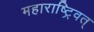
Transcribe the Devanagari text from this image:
महाराष्ट्रिवत्